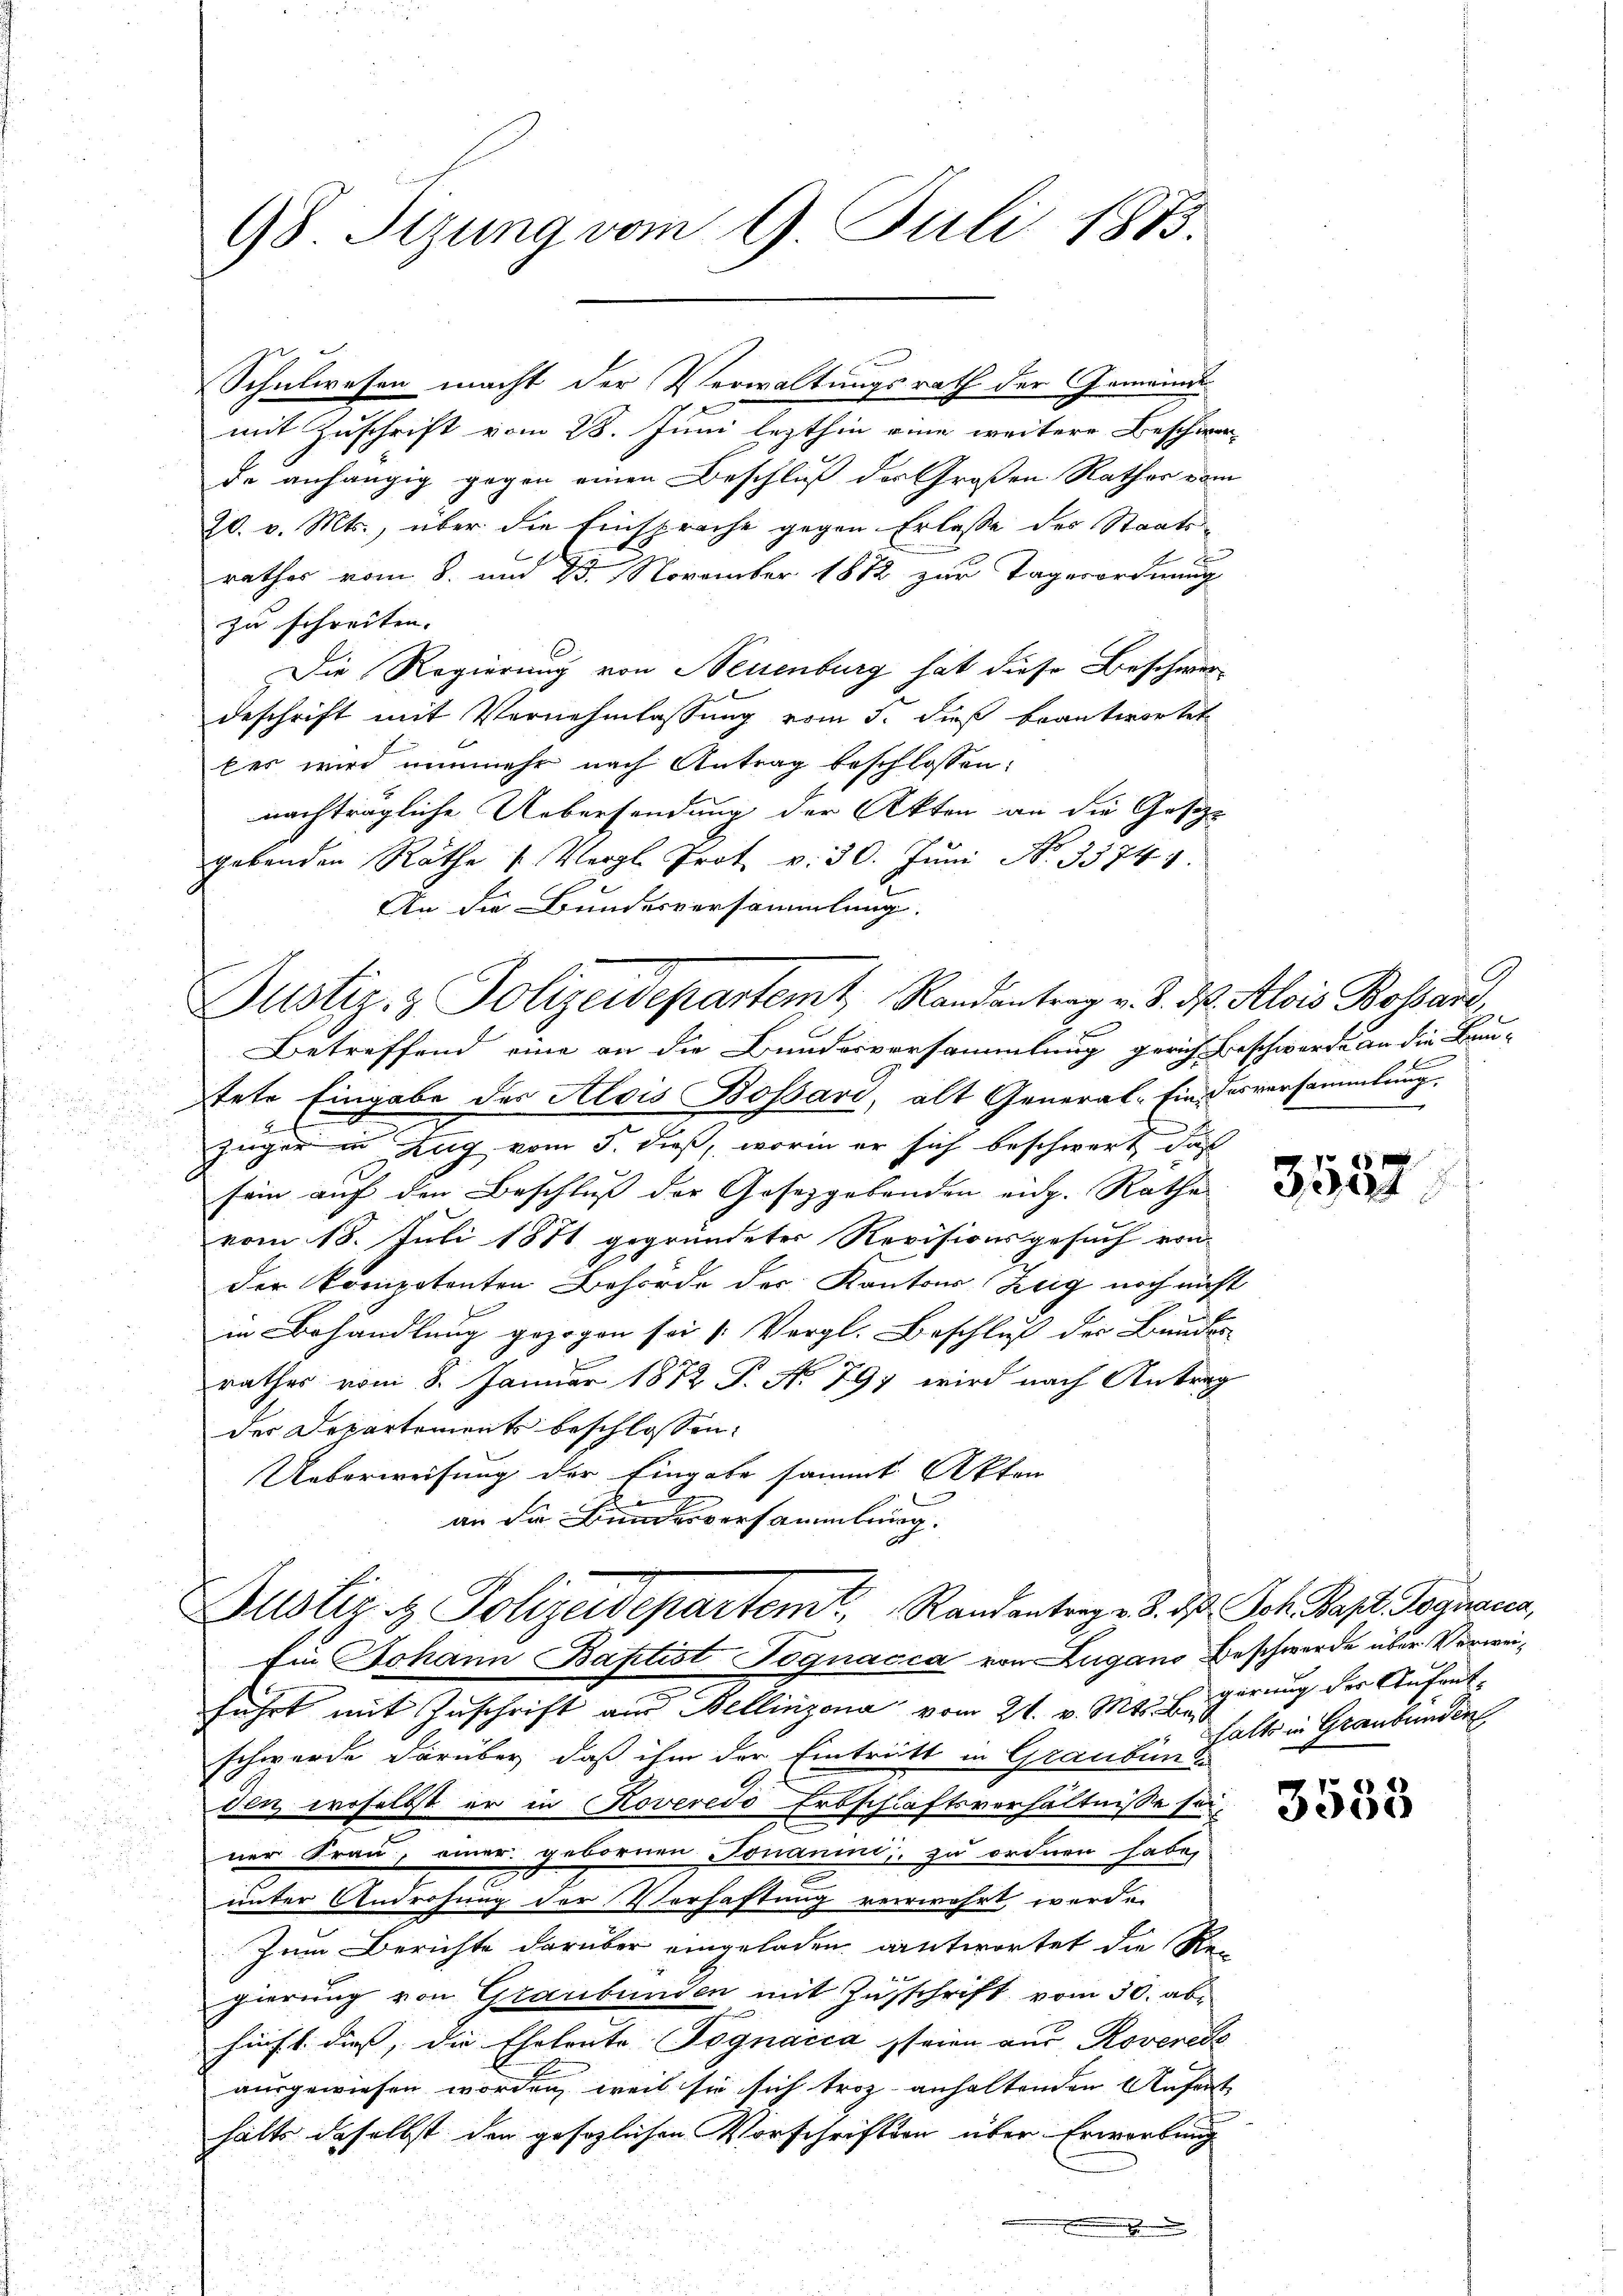
Schulwesen macht der Verwaltungsrath der Gemeinde
mit Zuschrift vom 28. Juni lezthin eine weitere Beschwer-
de anhängig gegen einen Beschluß der Großen Rathes vom
20. v. Mts., über die Einsprache gegen Erlasse des Staats
rathes vom 8. und 23. November 1872 zur Tagerordnung
zu schreiten.
Die Regierung von Neuenburg hat diese Beschwerbeschrift mit Vernehmlassung vom 5. dieß beantwortet
ber wird nunmehr nach Antrag beschlossen:
nachträgliche Uebersendung der Akten an die Gesetz-
gebenden Rathe u. Vergl. Prot. v. 30. Jŭni No 33744.
An die Bundesversammlung.
Justiz- & Polizeidepartemt, Randantrag v. 3. ds. Alois Bossard,
Betreffend eine an die Bundesversammlung gerich Beschwerde an die Bau-
tete Eingabe des Alois Bossard, alt General-Ein Desversammlung.
züger in Zug vom 5. dieß, worin er sich beschwert daß
sein auf den Beschluß der Gesetzgebenden eidg. Rathe
vom 18. Juli 1871 gegründeter Revisionsgesuch von
der kompotonten Behörde der Kantons Zeig noch nicht
in Behandlung gezogen sei (Vergl. Beschluß der Bunder
rathes vom 8. Januar 1872 P. No 797 wird nach Antrag
der Departements beschlossen:
Ueberweisung der Eingabe sammt Akten
an die Bundesversammlung.

98 Tizung vom 9. Juli 1883.

Justiz & Polizeidepartemt. Randantrage d. d. Joh. Bapt. Gegnena,
Ein Johann Baptist Pognacca von Lugano Beschwerde über Verwei¬

4

führt mit Zuschrift an Bellinzona vom 21. v. Mts. Beis
schwerde darüber, daß ihm der Eintritt in Graubünd
den, woselbst er in Roveress Erbschaftsverhältnisse sei
ner Frau, einer gebornen Tonanini, zu ordnen habe,
unter Androhung der Verhaftung verwahrt werde.
Zum Berichte darüber eingeladen antwortet die Re-
gierung von Graubünden mit Zuschrift vom 30. abhinst dieß, die Eheleute Tognacca seien aus Roverede
ausgewiesen worden, weil sie sich troz anhaltenden Aufent- |
halts daselbst der gesezlichen Vorschriften über Erwortung

3557

gerung der Aufenthalt in Graubünden

3558